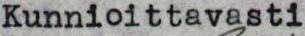
Kunnioittavasti